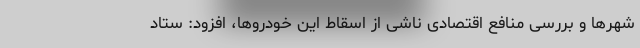
شهرها و بررسی منافع اقتصادی ناشی از اسقاط این خودروها، افزود: ستاد